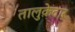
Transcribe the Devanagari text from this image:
तालुक़ेदार